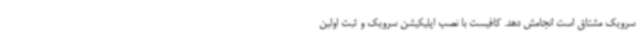
سرویک مشتاق است انجامش دهد. کافیست با نصب اپلیکیشن سرویک و ثبت اولین